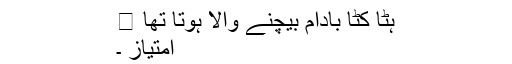
ہٹّا کٹّا بادام بیچنے والا ہوتا تھا 😛
امتیاز ۔